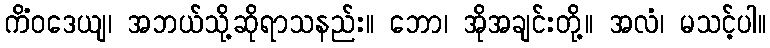
ကိံဝဒေယျ၊ အဘယ်သို့ဆိုရာသနည်း။ ဘော၊ အိုအချင်းတို့။ အလံ၊ မသင့်ပါ။